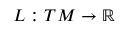
L : T M \to \mathbb { R }